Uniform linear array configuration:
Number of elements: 4
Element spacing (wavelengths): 1
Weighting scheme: hann
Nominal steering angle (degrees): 45
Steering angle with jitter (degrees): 45.318
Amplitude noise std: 0.05
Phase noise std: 0.05

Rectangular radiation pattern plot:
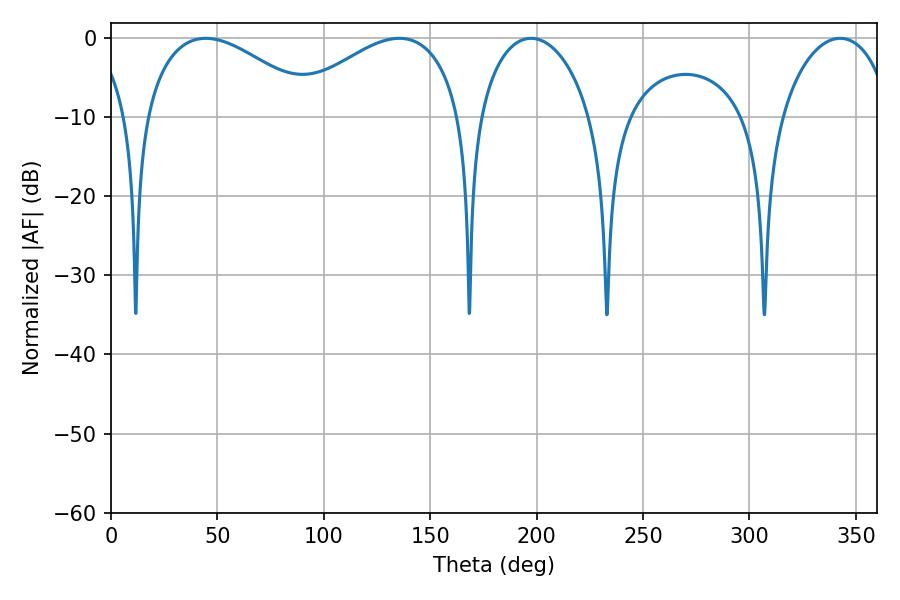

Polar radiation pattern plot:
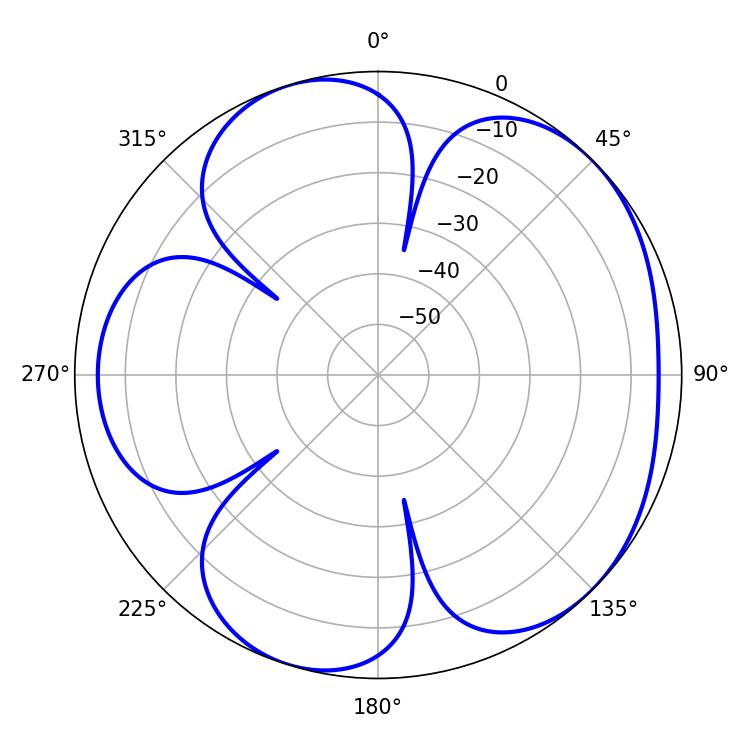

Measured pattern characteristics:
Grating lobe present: TRUE
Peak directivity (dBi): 4.975
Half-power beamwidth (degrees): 45
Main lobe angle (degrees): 44.46